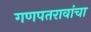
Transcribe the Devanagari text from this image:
गणपतरावांचा